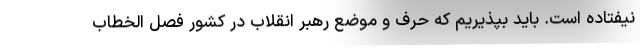
نیفتاده است. باید بپذیریم که حرف و موضع رهبر انقلاب در کشور فصل الخطاب